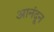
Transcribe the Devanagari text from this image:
आनंदून